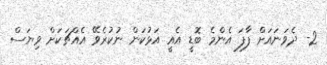
2- ދެވަނައަށް ފާފަ އެންމެ ބޮޑީ އެއީ އަޅުކަން ނުކުރެވޭ އެއްޗަކަށް ވިޔަސް